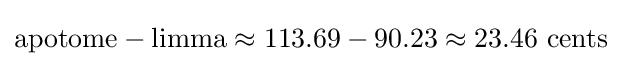
{\hbox{apotome}}-{\hbox{limma}}\approx 113.69-90.23\approx 23.46~{\hbox{cents}}\!